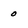
Character: 0